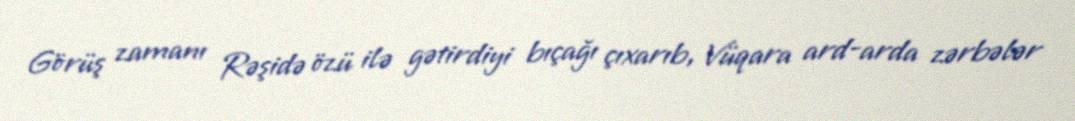
Görüş zamanı Rəşidə özü ilə gətirdiyi bıçağı çıxarıb, Vüqara ard-arda zərbələr